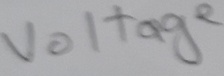
Text: Voltage